Elephants and their diseases
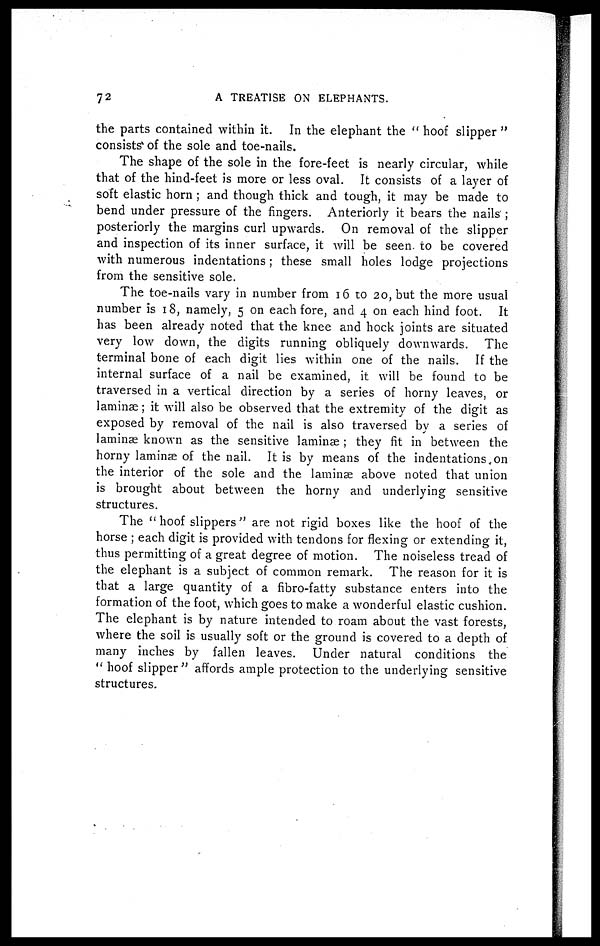
72
A TREATISE ON ELEPHANTS.
the parts contained within it. In the elephant the " hoof slipper "
consists of the sole and toe-nails.
The shape of the sole in the fore-feet is nearly circular, while
that of the hind-feet is more or less oval. It consists of a layer of
soft elastic horn ; and though thick and tough, it may be made to
bend under pressure of the fingers. Anteriorly it bears the nails ;
posteriorly the margins curl upwards. On removal of the slipper
and inspection of its inner surface, it will be seen to be covered
with numerous indentations; these small holes lodge projections
from the sensitive sole.
The toe-nails vary in number from 16 to 20, but the more usual
number is 18, namely, 5 on each fore, and 4 on each hind foot. It
has been already noted that the knee and hock joints are situated
very low down, the digits running obliquely downwards. The
terminal bone of each digit lies within one of the nails. If the
internal surface of a nail be examined, it will be found to be
traversed in a vertical direction by a series of horny leaves, or
laminæ; it will also be observed that the extremity of the digit as
exposed by removal of the nail is also traversed by a series of
laminæ known as the sensitive laminæ ; they fit in between the
horny laminæ of the nail. It is by means of the indentations on
the interior of the sole and the laminæ above noted that union
is brought about between the horny and underlying sensitive
structures.
The " hoof slippers" are not rigid boxes like the hoof of the
horse ; each digit is provided with tendons for flexing or extending it,
thus permitting of a great degree of motion. The noiseless tread of
the elephant is a subject of common remark. The reason for it is
that a large quantity of a fibro-fatty substance enters into the
formation of the foot, which goes to make a wonderful elastic cushion.
The elephant is by nature intended to roam about the vast forests,
where the soil is usually soft or the ground is covered to a depth of
many inches by fallen leaves. Under natural conditions the
" hoof slipper" affords ample protection to the underlying sensitive
structures.